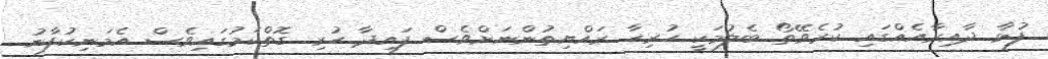
ފުޅާ ދާއިރާއެއްގައި ކުރެވޭތޯ ބެލުމަކީ ހުރިހާ ރައްޔިތުންނަށްވެސް ފައިދާ ހުރި ގޮތްކަމުގައިވެސް އެމަނިކުފާނު